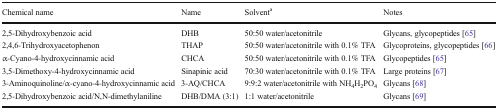
| Chemical name | Name | Solventa | Notes |
 | --- | --- | --- | --- |
 | 2,5-Dihydroxybenzoic acid | DHB | 50:50 water/acetonitrile | Glycans, glycopeptides [65] |
 | 2,4,6-Trihydroxyacetophenon | THAP | 50:50 water/acetonitrile with 0.1% TFA | Glycoproteins, glycopeptides [66] |
 | α-Cyano-4-hydroxycinnamic acid | CHCA | 50:50 water/acetonitrile with 0.1% TFA | Glycopeptides [65] |
 | 3,5-Dimethoxy-4-hydroxycinnamic acid | Sinapinic acid | 70:30 water/acetonitrile with 0.1% TFA | Large proteins [67] |
 | 3-Aminoquinoline/α-cyano-4-hydroxycinnamic acid | 3-AQ/CHCA | 9:9:2 water/acetonitrile with NH4H2PO4 | Glycans [68] |
 | 2,5-Dihydroxybenzoic acid/N,N-dimethylaniline | DHB/DMA (3:1) | 1:1 water/acetonitrile | Glycans [69] |